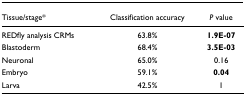
<table><thead><tr><td><b>Tissue/stage*</b></td><td><b>Classification accuracy</b></td><td><b><i>P </i>value</b></td></tr></thead><tbody><tr><td>REDfly analysis CRMs</td><td>63.8%</td><td><b>1.9E-07</b></td></tr><tr><td>Blastoderm</td><td>68.4%</td><td><b>3.5E-03</b></td></tr><tr><td>Neuronal</td><td>65.0%</td><td>0.16</td></tr><tr><td>Embryo</td><td>59.1%</td><td><b>0.04</b></td></tr><tr><td>Larva</td><td>42.5%</td><td>1</td></tr></tbody></table>